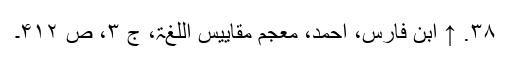
۳۸. ↑ ابن فارس، احمد، معجم مقاییس اللغۃ، ج ۳، ص ۴۱۲۔